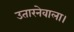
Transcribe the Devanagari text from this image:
उतारनेवाला।